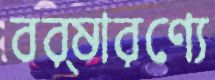
বর্ষারণ্যে